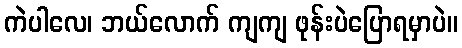
ကဲပါလေ၊ ဘယ်လောက် ကျကျ ဖုန်းပဲပြောရမှာပဲ။